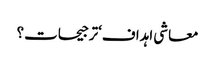
معاشی اہداف‘ترجیحات؟